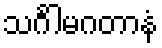
သင်္ဂါမဂတာနံ